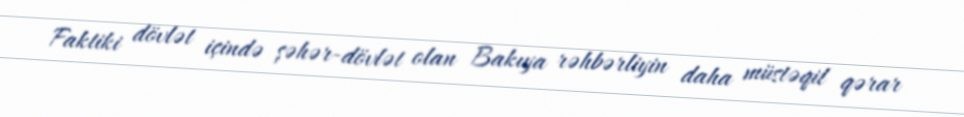
Faktiki dövlət içində şəhər-dövlət olan Bakıya rəhbərliyin daha müstəqil qərar